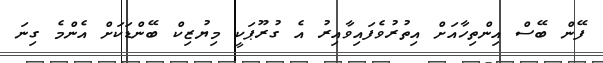
ފޭން ބޭސް އިންތިހާއަށް އިތުރުވެފައިވާއިރު އެ ގުރޫޕަކީ މިޔުޒިކް ބޭންޑަކަށް އެންމެ ގިނަ